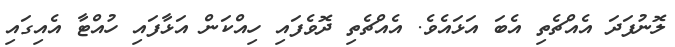
ލޮނުފަދަ އެއްޗެތި އެބަ އަޅައެވެ. އެއްޗެތި ދޮވެފައި ހިއްކަން އަޅާފައި ހުއްޓާ އެއިގައި